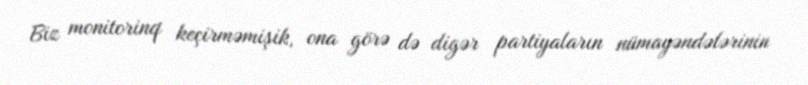
Biz monitorinq keçirməmişik, ona görə də digər partiyaların nümayəndələrinin